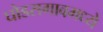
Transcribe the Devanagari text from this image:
घोडसगावमध्ये